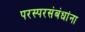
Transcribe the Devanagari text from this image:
परस्परसंबंधांना